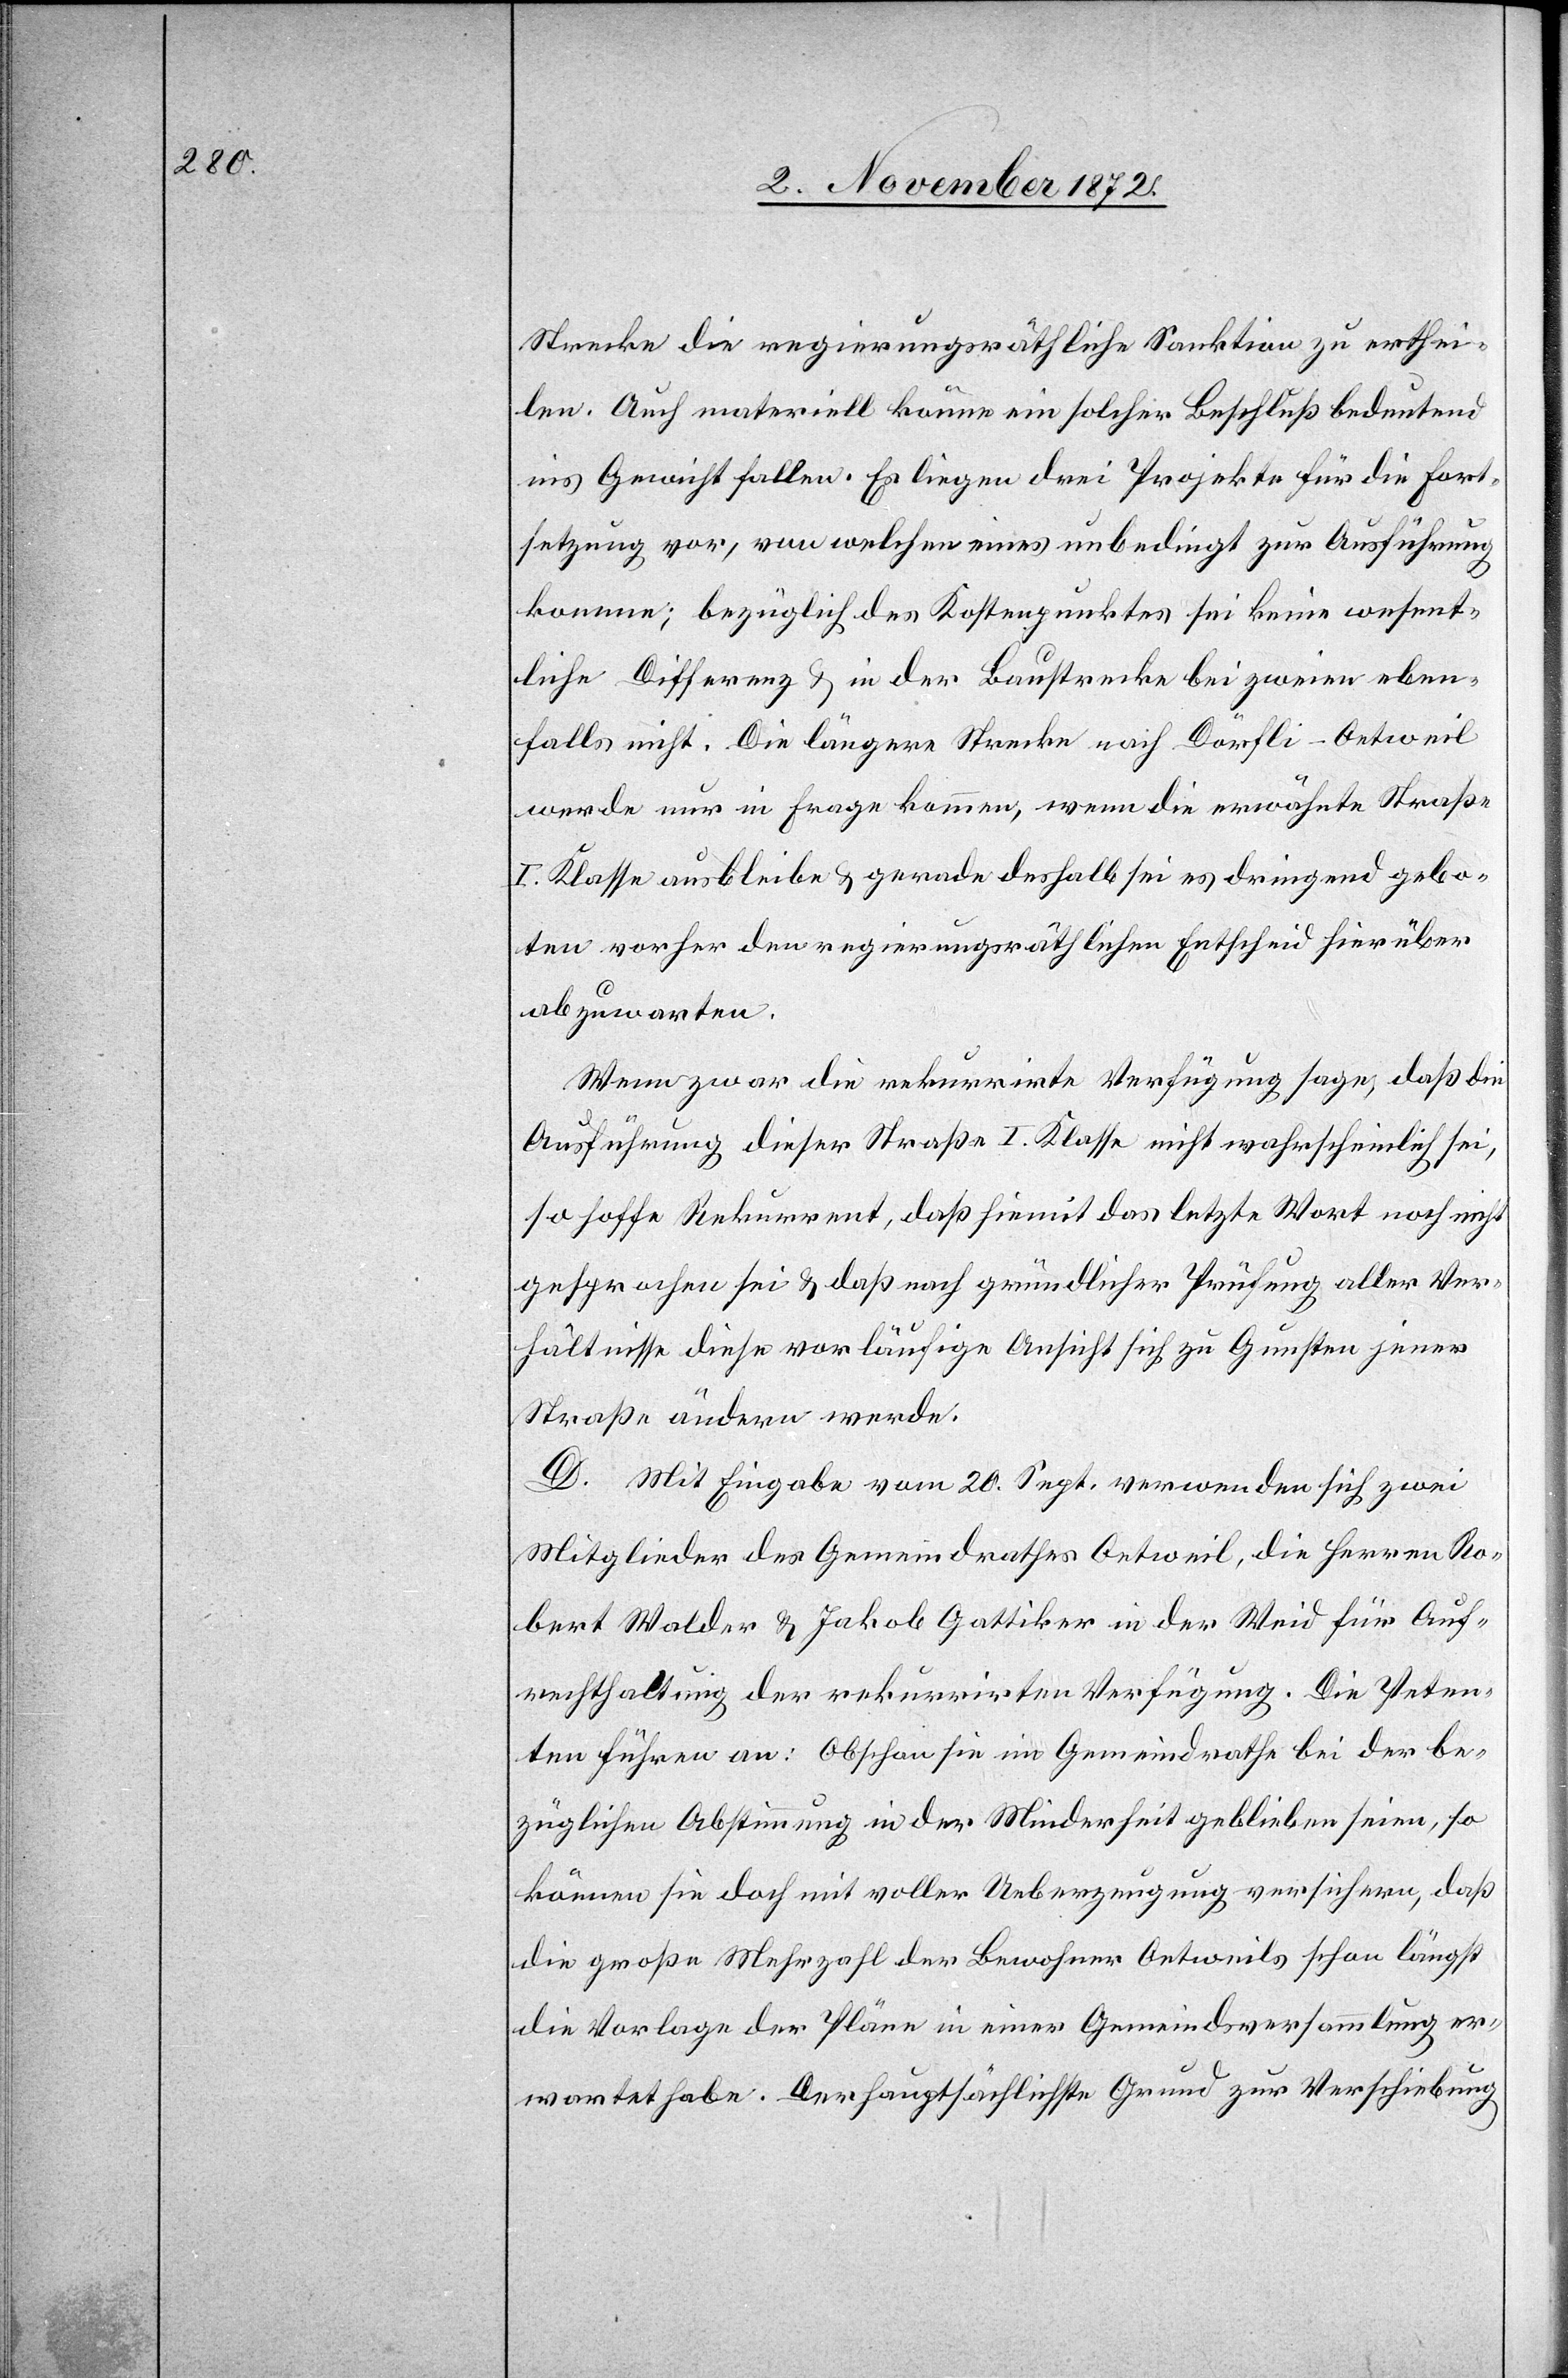
Strecke die regierungsräthliche Sanktion zu erthei¬
len. Auch materiell könne ein solcher Beschluß bedeutend
ins Gewicht fallen. Es liegen drei Projekte für die Fort¬
setzung vor, von welchen eines unbedingt zur Ausführung
komme; bezüglich des Kostenpunktes sei keine wesent¬
liche Differenz u. in der Baustrecke bei zweien eben¬
falls nicht. Die längere Strecke nach Dörfli–Oetweil
werde nur in Frage kommen, wenn die erwähnte Straße
I. Klasse ausbleibe u. gerade deshalb sei es dringend gebo¬
ten vorher den regierungsräthlichen Entscheid hierüber
abzuwarten.
Wenn zwar die rekurrirte Verfügung sage, daß die
Ausführung dieser Straße I. Klasse nicht wahrscheinlich sei,
so hoffe Rekurrent, daß hiemit das letzte Wort noch nicht
gesprochen sei u. daß nach gründlicher Prüfung aller Ver¬
hältnisse diese vorläufige Ansicht sich zu Gunsten jener
Straße ändern werde.
D. Mit Eingabe vom 20. Sept. verwenden sich zwei
Mitglieder des Gemeindrathes Oetweil, die Herren Ro¬
bert Walder u. Jakob Gattiker in der Weid für Auf¬
rechterhaltung der rekurrirten Verfügung. Die Peten¬
ten führen an: Obschon sie im Gemeindrathe bei der be¬
züglichen Abstimmung in der Minderheit geblieben seien, so
können sie doch mit voller Ueberzeugung versichern, daß
die große Mehrzahl der Bewohner Oetweil schon längst
die Vorlage der Pläne in einer Gemeindsversammlung er¬
wartet habe. Der hauptsächliche Grund zur Verschiebung